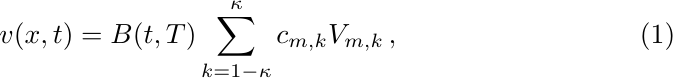
	\begin{equation}
		v(x,t) = B(t,T) \sum_{k=1-\kappa}^{\kappa} c_{m,k} V_{m,k}\,,
	\end{equation}